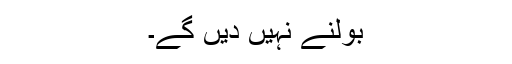
بولنے نہیں دیں گے۔